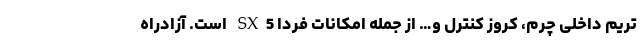
تریم داخلی چرم، کروز کنترل و… از جمله امکانات فردا SX5 است. آزادراه